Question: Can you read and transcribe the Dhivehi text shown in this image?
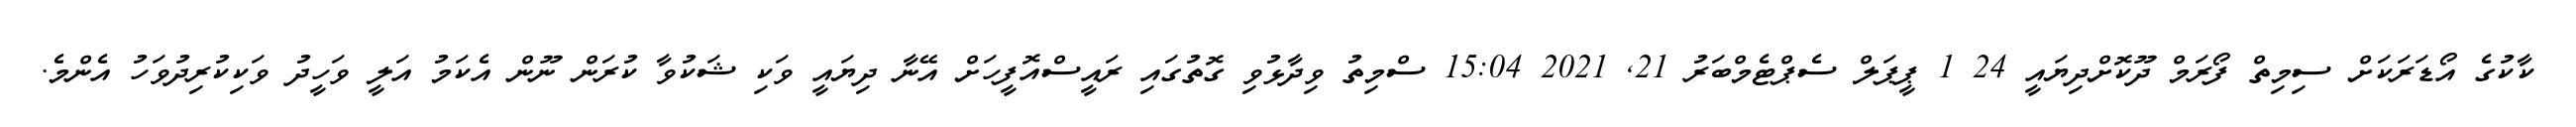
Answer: ކާކުގެ އޯޑަރަކަށް ސިމިތް ފޯރަމް ދޫކޮށްދިޔައީ 24 1 ޕީޕަލް ސެޕްޓެމްބަރު 21, 2021 15:04 ސްމިތު ވިދާޅުވި ގޮތުގައި ރައީސްއޮފީހަށް އޭނާ ދިޔައީ ވަކި ޝަކުވާ ކުރަން ނޫން އެކަމު އަލީ ވަހީދު ވަކިކުރިދުވަހު އެންމެ.